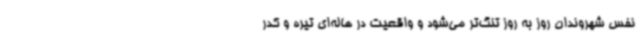
نفس شهروندان روز به روز تنگ‌تر می‌شود و واقعیت در هاله‌ای تیره و کدر